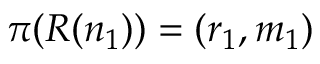
\pi ( R ( n _ { 1 } ) ) = ( r _ { 1 } , m _ { 1 } )